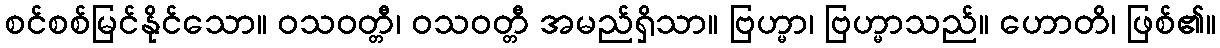
စင်စစ်မြင်နိုင်သော။ ဝသဝတ္တီ၊ ဝသဝတ္တီ အမည်ရှိသာ။ ဗြဟ္မာ၊ ဗြဟ္မာသည်။ ဟောတိ၊ ဖြစ်၏။